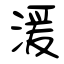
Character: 湲